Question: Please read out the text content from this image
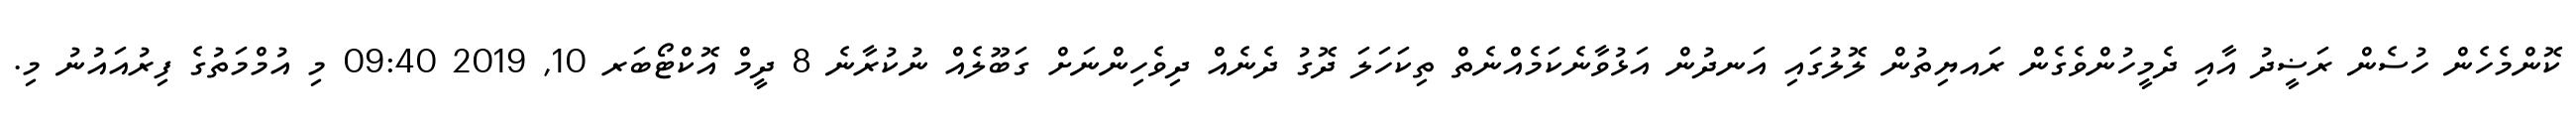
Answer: ކޮންމެހެން ހުސެން ރަޟީދު އާއި ދެމީހުންވެގެން ރައޔިތުން ލޮލުގައި އަނދުން އަޅުވާނެކަމެއްނެތް ތިކަހަލަ ދޮގު ދެނެއް ދިވެހިންނަށް ގަބޫލެއް ނުކުރާނެ 8 ދީމް އޮކްޓޯބަރ 10, 2019 09:40 މި އުމްމަތުގެ ފިރުއައުނު މި.